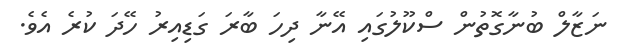
ނަޒާލް ބުނާގޮތުން ސްކޫލުގައި އޭނާ ދިހަ ބާރަ ގަޑިއިރު ހޭދަ ކުރެ އެވެ.